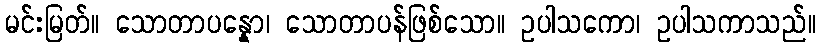
မင်းမြတ်။ သောတာပန္နော၊ သောတာပန်ဖြစ်သော။ ဥပါသကော၊ ဥပါသကာသည်။